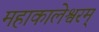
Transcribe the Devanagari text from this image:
महाकालेश्वरम्